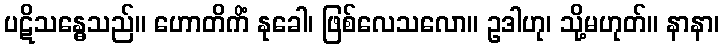
ပဋိသန္ဓေသည်။ ဟောတိကိံ နုခေါ၊ ဖြစ်လေသလော။ ဥဒါဟု၊ သို့မဟုတ်။ နာနာ၊